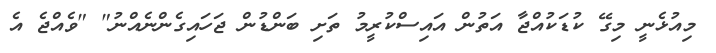
މިއުޅެނީ މިގޭ ކުޑަކުއްޖާ އަތުން އައިސްކުރީމު ތަށި ބަންޑުން ޖަހައިގެންނެއްނު" "ވެއްޖެ އެ